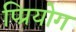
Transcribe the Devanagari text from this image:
प्प्रियोग